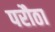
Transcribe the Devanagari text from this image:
परौठा